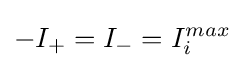
-I_{+}=I_{-}=I_{i}^{max}